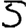
Digit: 5